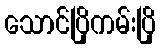
သောင်ပြိုကမ်းပြို